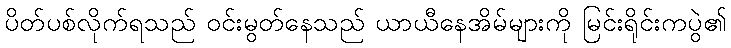
ပိတ်ပစ်လိုက်ရသည် ဝင်းမွတ်နေသည် ယာယီနေအိမ်များကို မြင်းရိုင်းကပွဲ၏